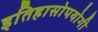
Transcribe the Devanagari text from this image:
इतिहासोपयोगी